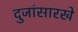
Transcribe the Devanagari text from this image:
दुजांसारखे